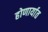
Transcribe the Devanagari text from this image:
होणार्यात